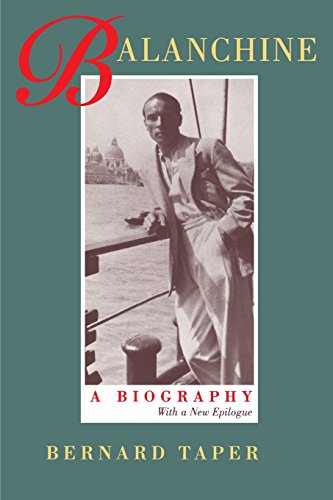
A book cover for Balanchine: A Biography: With a New Epilogue; Bernard Taper; Biographies & Memoirs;